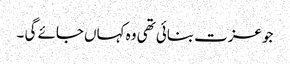
جو عزت بنائی تھی وہ کہاں جائے گی ۔